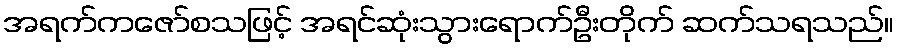
အရက်ကဇော်စသဖြင့် အရင်ဆုံးသွားရောက်ဦးတိုက် ဆက်သရသည်။